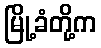
မြို့ခံတို့က